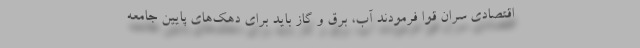
اقتصادی سران قوا فرمودند آب، برق و گاز باید برای دهک‌های پایین جامعه